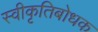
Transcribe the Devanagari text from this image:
स्वीकृतिबोधक